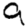
Digit: 9